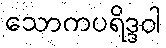
သောကပရိဒ္ဒဝါ